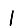
Digit: 1